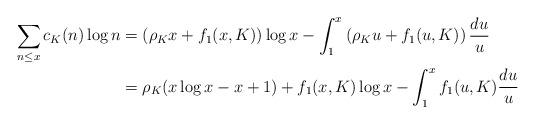
LaTeX: \begin{align*}\sum_{n \leq x} c_K(n) \log n &= \left(\rho_Kx+f_1(x,K)\right)\log x - \int_1^x \left(\rho_Ku+f_1(u,K) \right) \frac{du}{u} \\& = \rho_K(x\log x -x+1)+f_1(x,K)\log x - \int_1^x f_1(u,K) \frac{du}{u}\end{align*}